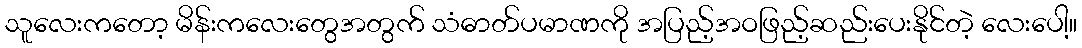
သူလေးကတော့ မိန်းကလေးတွေအတွက် သံဓာတ်ပမာဏကို အပြည့်အဝဖြည့်ဆည်းပေးနိုင်တဲ့ လေးပေါ့။